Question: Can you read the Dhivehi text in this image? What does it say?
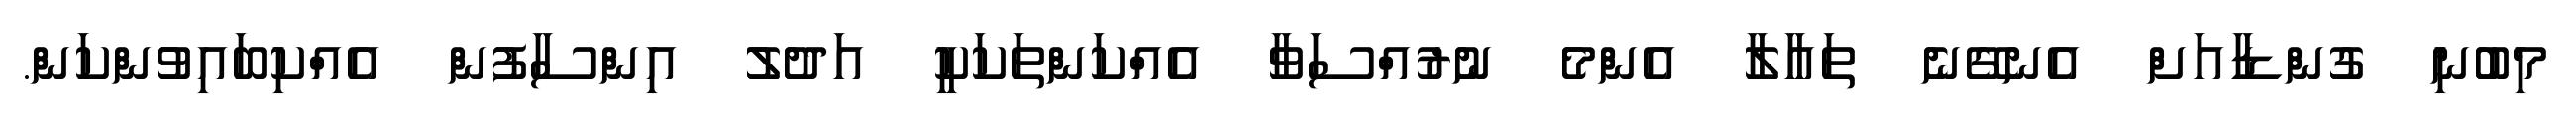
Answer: މިބުނި ގުންޑާއަށް އެނގޭނެ ތައާލާ އެންމެ ނުރުއްސަވާ އެއްކަންތަކަކީ އަދުލު އިންސާފުން އެއްކިބައިވުންކަން.